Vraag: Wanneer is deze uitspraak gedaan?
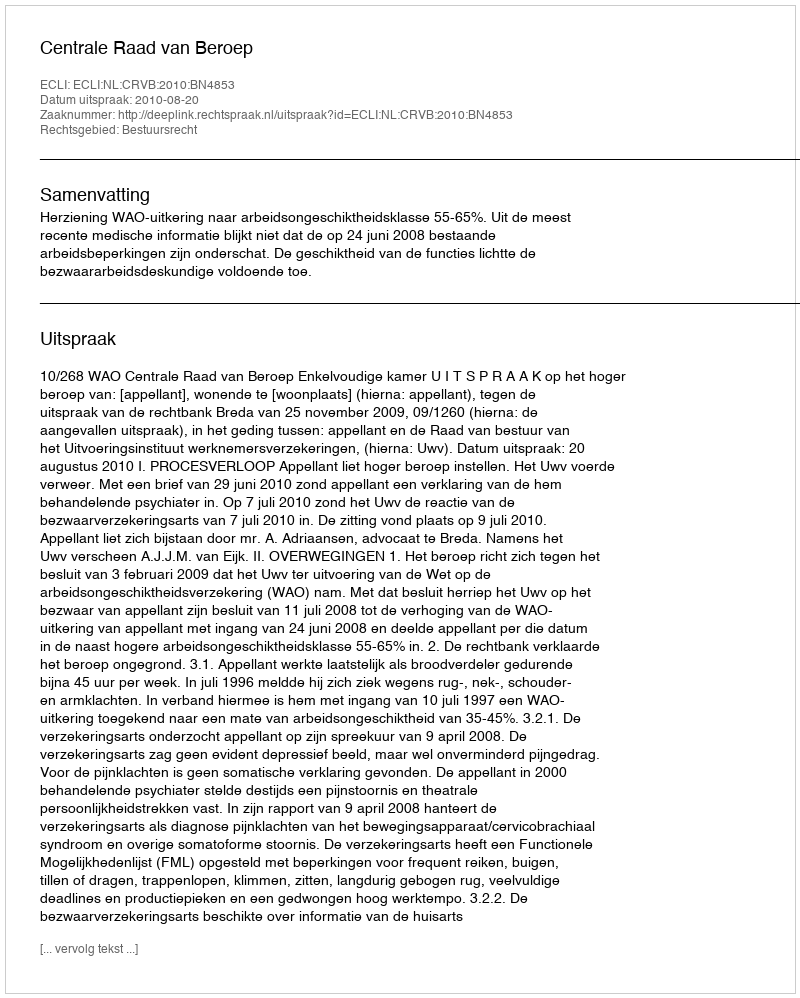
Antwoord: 2010-08-20